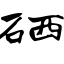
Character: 硒